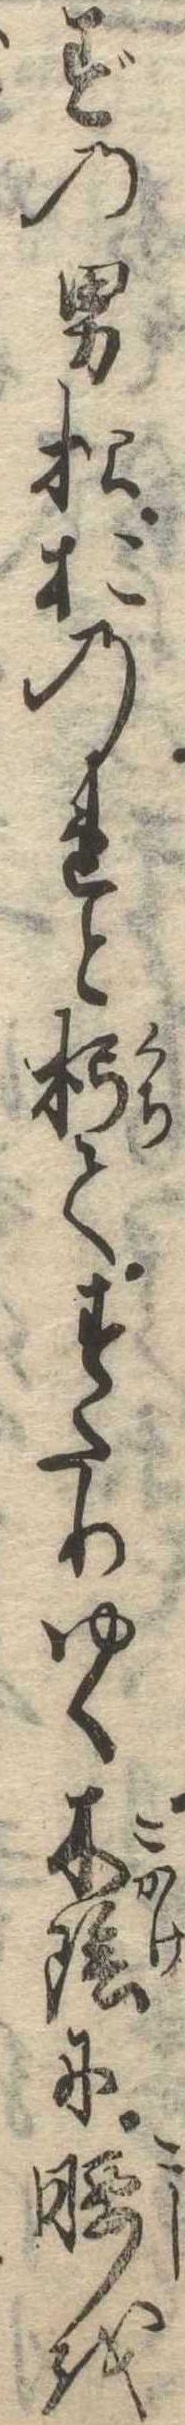
ずの男松おのれと朽てすたりゆく木陰に腰を